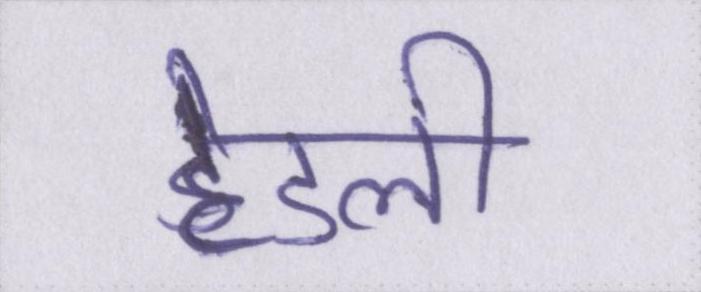
हेडली